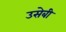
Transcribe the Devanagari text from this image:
उसेबी